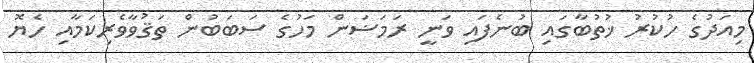
މިއަދުގެ ހުކުރު ޚުތުބާގައި ބުނެފައި ވަނީ ރަމަޟަން މަހުގެ ސަބަބުން ތަޤުވާވެރިކަމާއި ހެޔޮ